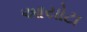
આયોટા